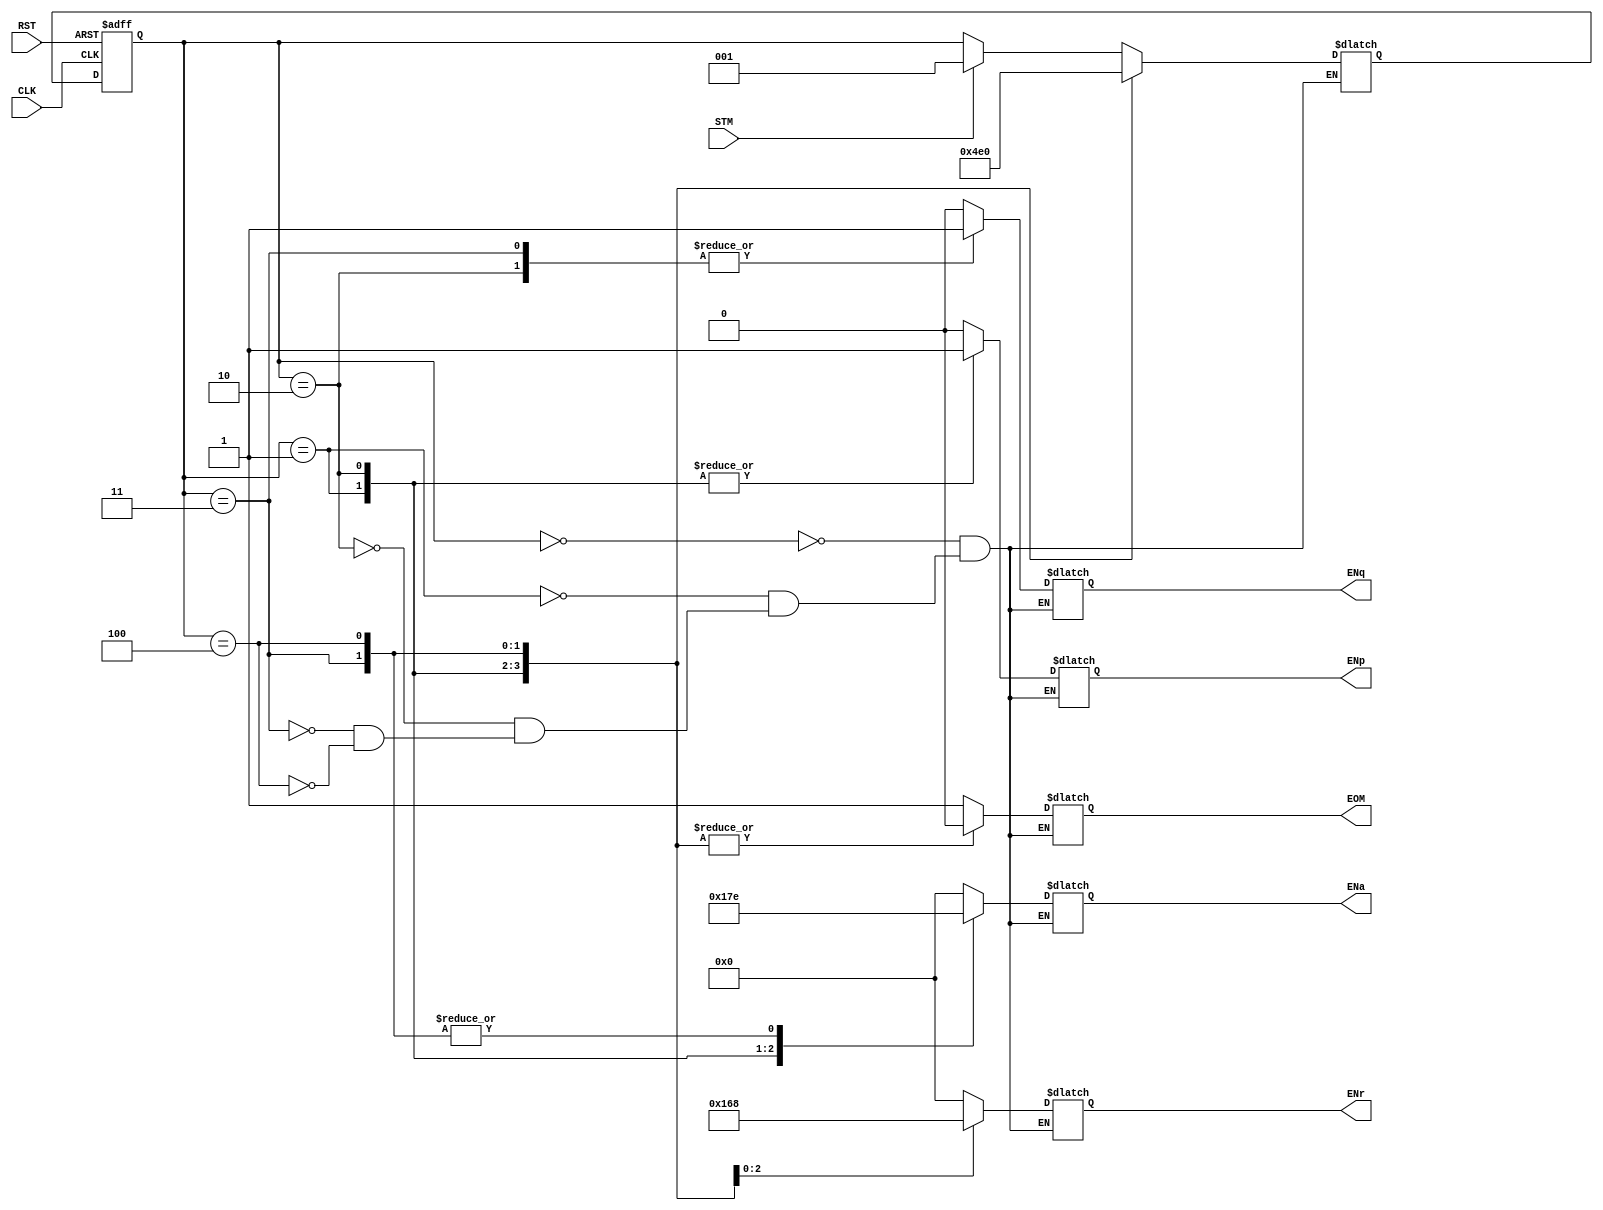
module FSM_Ctrol (
	input			RST,	//	Reset maestro
	input			CLK,	//	Reloj maestro
	input			STM,	//	Iniciar multiplicacion
	output reg		ENp,	//	Habilitaciones Rp  	
	output reg		ENq,	//	Habilitaciones Rp c11 
	output reg[3:0]	ENa,	//	Habilitaciones Ra
	output reg[3:0]	ENr,	//	Habilitaciones Rr 
	output reg		EOM		//	Fin de multiplicacion
	);	
	
	reg[2:0]	Qp,Qn;
	
	always @ *
	begin : Combinacional 
		case (Qp)
			3'b000 : begin	//	Idle  
				if (STM)
					Qn = 3'b001; 
				else
					Qn = Qp;
				ENp = 1'b0;	
				ENq = 1'b0;	  
				ENa = 4'b0000;	
				ENr = 4'b0000;	
				EOM = 1'b1;
			end
			3'b001 : begin
				Qn  = 3'b010;
				ENp = 1'b1;	
				ENq = 1'b0;	
				ENa = 4'b0001;
				ENr = 4'b0000;	
				EOM = 1'b0;
			end
			3'b010 : begin
				Qn  = 3'b011;
				ENp = 1'b1;	
				ENq = 1'b1;	 
				ENa = 4'b0111;
				ENr = 4'b0001;	
				EOM = 1'b0;
			end	  
			3'b011 : begin
				Qn  = 3'b100;
				ENp = 1'b0; 
				ENq = 1'b1;
				ENa = 4'b1110;
				ENr = 4'b0110;	
				EOM = 1'b0;
			end	  
			3'b100 : begin
				Qn  = 3'b000;
				ENp = 1'b0;  
				ENq = 1'b0;	
				ENa = 4'b1110; 
				ENr = 4'b1000;	
				EOM = 1'b0;
			end	
		endcase
	end
	
	always @ (posedge RST or posedge CLK)
	begin : Secuencial 
		if (RST)
			Qp <= 0;
		else
			Qp <= Qn;
	end
	
endmodule